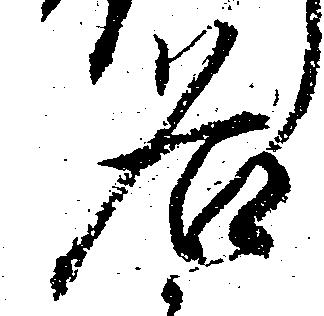
名